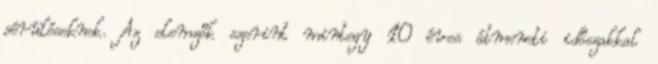
sérüléseknek. Az elemzők szerint mintegy 10 éves átmeneti időszakkal